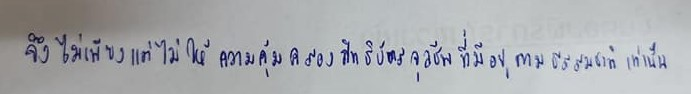
จึงไม่เพียงแต่ไม่ให้ความคุ้มครองสิทธิบัตรจุลชีพที่มีอยู่ตามธรรมชาติเท่านั้น